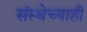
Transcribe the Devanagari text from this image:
संस्थेच्याही